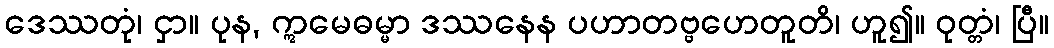
ဒေဿတုံ၊ ငှာ။ ပုန, ဣမေဓမ္မာ ဒဿနေန ပဟာတဗ္ဗဟေတူတိ၊ ဟူ၍။ ဝုတ္တံ၊ ပြီ။